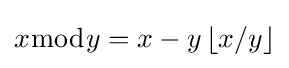
x{\bmod {y}}=x-y\left\lfloor x/y\right\rfloor